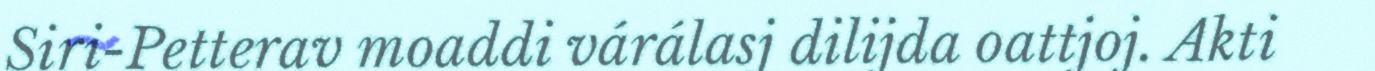
Siri-Petterav moaddi várálasj dilijda oattjoj. Akti